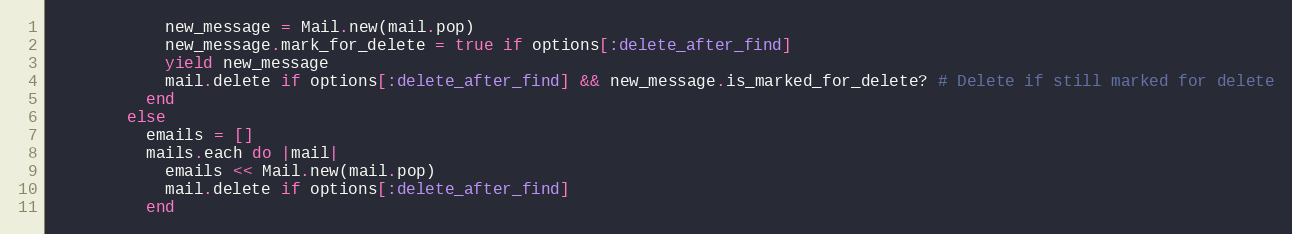
Language: Ruby
            new_message = Mail.new(mail.pop)
            new_message.mark_for_delete = true if options[:delete_after_find]
            yield new_message
            mail.delete if options[:delete_after_find] && new_message.is_marked_for_delete? # Delete if still marked for delete
          end
        else
          emails = []
          mails.each do |mail|
            emails << Mail.new(mail.pop)
            mail.delete if options[:delete_after_find]
          end